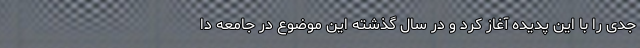
جدی را با این پدیده آغاز کرد و در سال گذشته این موضوع در جامعه دا